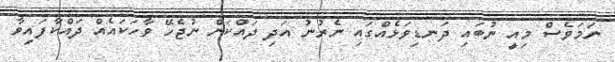
ނަމަވެސް މިިއީ ނުބައި ދަނޑިވަޅެއްގައި ނެރުނު އަދި ދައްކަން ނުޖެހޭ ވާހަކައެއް ދައްކާފައިވާ